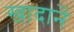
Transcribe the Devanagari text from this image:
खादानें